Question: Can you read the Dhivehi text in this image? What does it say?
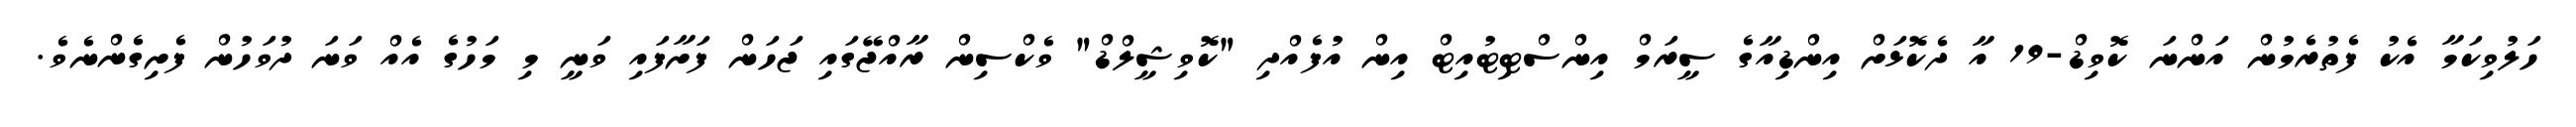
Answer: ހަލުވިކަމާ އެކު ފެތުރެމުން އަންނަ ކޮވިޑް-19 އާ ދެކޮޅަށް އިންޑިއާގެ ސީރަމް އިންސްޓިޓުއިޓް އިން އުފެއްދި "ކޮވިޝީލްޑް" ވެކްސިން ރާއްޖޭގައި ޖަހަން ފަށާފައި ވަނީ މި މަހުގެ އެއް ވަނަ ދުވަހުން ފެށިގެންނެވެ.